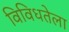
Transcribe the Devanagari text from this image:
विविधतेला